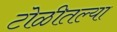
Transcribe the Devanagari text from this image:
टोळीतल्या